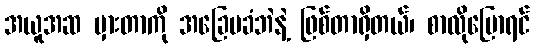
အယူအဆ မှားတာကို အခြေမခံဘဲနဲ့ ဖြစ်တာရှိတယ်၊ စာလိုပြောရင်